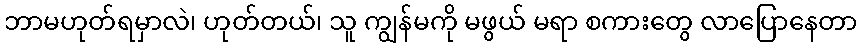
ဘာမဟုတ်ရမှာလဲ၊ ဟုတ်တယ်၊ သူ ကျွန်မကို မဖွယ် မရာ စကားတွေ လာပြောနေတာ